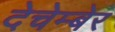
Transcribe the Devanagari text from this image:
देचेम्बेर